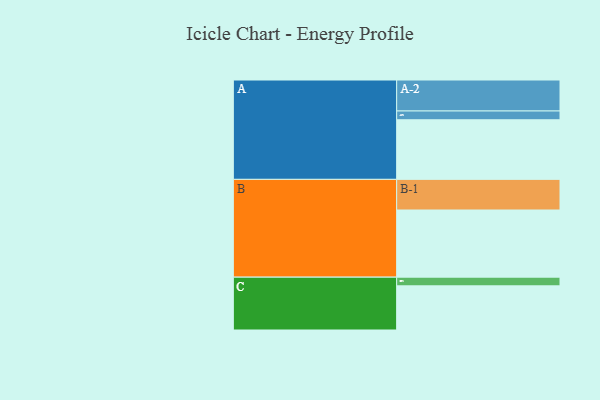
{"axis": {"x": "Segment", "y": "Value"}, "legend": ["", "A", "B", "C"], "data": [{"x": "A", "y": 529, "type": ""}, {"x": "B", "y": 596, "type": ""}, {"x": "C", "y": 392, "type": ""}, {"x": "A-1", "y": 78, "type": "A"}, {"x": "A-2", "y": 275, "type": "A"}, {"x": "B-1", "y": 272, "type": "B"}, {"x": "C-1", "y": 77, "type": "C"}]}